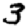
Digit: 3